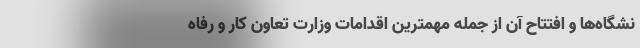
نشگاه‌ها و افتتاح آن از جمله مهمترین اقدامات وزارت تعاون کار و رفاه